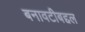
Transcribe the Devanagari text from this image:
बनावटीबद्दल